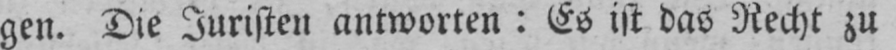
gen. Die Juristen antworten: Es ist das Recht zu